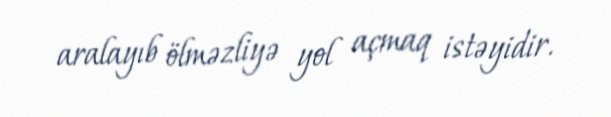
aralayıb ölməzliyə yol açmaq istəyidir.